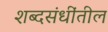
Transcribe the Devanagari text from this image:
शब्दसंधींतील